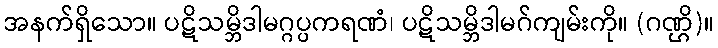
အနက်ရှိသော။ ပဋိသမ္ဘိဒါမဂ္ဂပ္ပကရဏံ၊ ပဋိသမ္ဘိဒါမဂ်ကျမ်းကို။ (ဂဏ္ဌိ)။